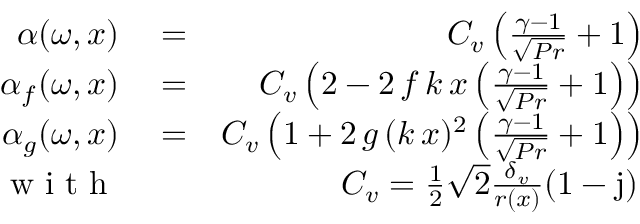
\begin{array} { r l r } { \alpha ( \omega , x ) } & { { } = } & { C _ { v } \left( \frac { \gamma - 1 } { \sqrt { P r } } + 1 \right) } \\ { \alpha _ { f } ( \omega , x ) } & { { } = } & { C _ { v } \left( 2 - 2 \, f \, k \, x \left( \frac { \gamma - 1 } { \sqrt { P r } } + 1 \right) \right) } \\ { \alpha _ { g } ( \omega , x ) } & { { } = } & { C _ { v } \left( 1 + 2 \, g \, ( k \, x ) ^ { 2 } \left( \frac { \gamma - 1 } { \sqrt { P r } } + 1 \right) \right) } \\ { \textrm { w i t h } } & { { } } & { C _ { v } = \frac { 1 } { 2 } \sqrt { 2 } \frac { \delta _ { v } } { r ( x ) } ( 1 - \mathrm { j } ) \, } \end{array}